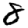
Digit: 8